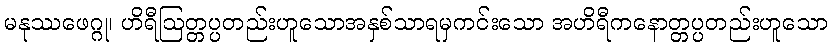
မနုဿဖေဂ္ဂု၊ ဟိရီဩတ္တပ္ပတည်းဟူသောအနှစ်သာရမှကင်းသော အဟိရီကနောတ္တပ္ပတည်းဟူသော